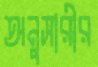
অনুসারীর